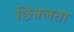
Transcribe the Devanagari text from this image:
छिन्नलता